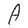
Character: A